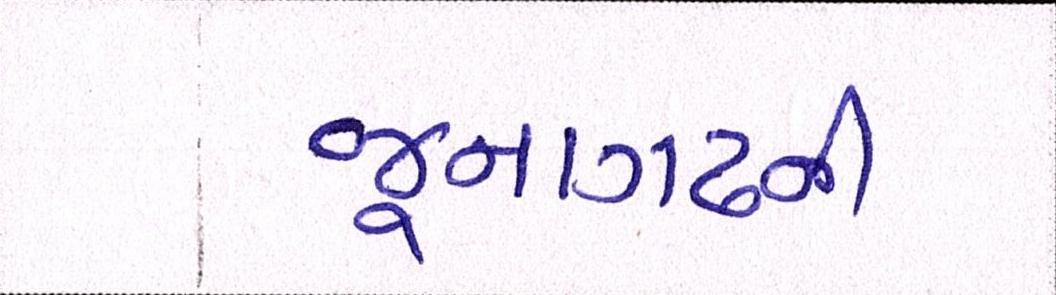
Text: જૂનાગઢની